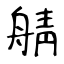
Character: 䑶